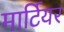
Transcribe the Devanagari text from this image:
मार्टियर